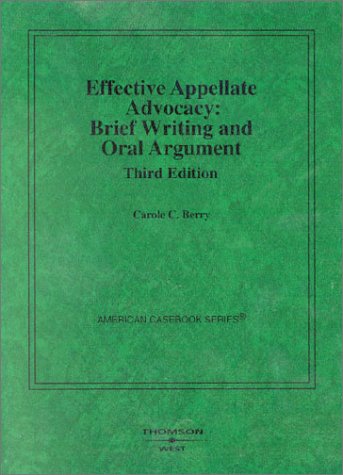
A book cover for Effective Appellate Advocacy: Brief Writing and Oral Argument (American Casebooks); Carole C. Berry; Law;